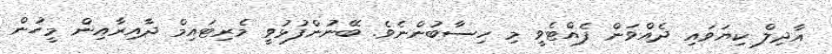
އާދިލް ކިޔަވައި ދެއްވަން ފެއްޓެވީ މި ހިސާބުންނެވެ. ބޭނުންފުޅުވީ މެރިޓައިމް ދާއިރާއިން މީހުން